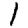
Digit: 1